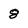
Character: 8